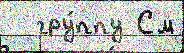
  гру́ппу См